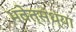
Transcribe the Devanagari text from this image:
भवेत्संध्या